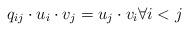
LaTeX: \begin{align*}q_{ij}\cdot u_i\cdot v_j=u_j\cdot v_i\forall i<j\end{align*}